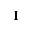
\mathbf { I }